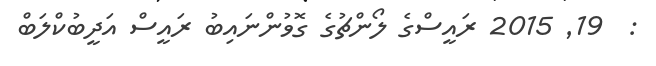
:  19